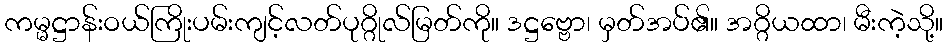
ကမ္မဋ္ဌာန်းဝယ်ကြိုးပမ်းကျင့်လတ်ပုဂ္ဂိုလ်မြတ်ကို။ ဒဋ္ဌဗ္ဗော၊ မှတ်အပ်၏။ အဂ္ဂိယထာ၊ မီးကဲ့သို့။